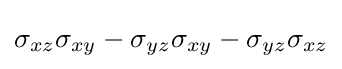
\sigma _{xz}\sigma _{xy}-\sigma _{yz}\sigma _{xy}-\sigma _{yz}\sigma _{xz}